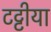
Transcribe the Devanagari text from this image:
टट्टीया